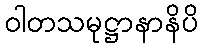
ဝါတသမုဋ္ဌာနာနိပိ